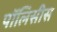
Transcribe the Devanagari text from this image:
पॉलिसीस